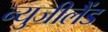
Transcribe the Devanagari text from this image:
न्युजीलैंड